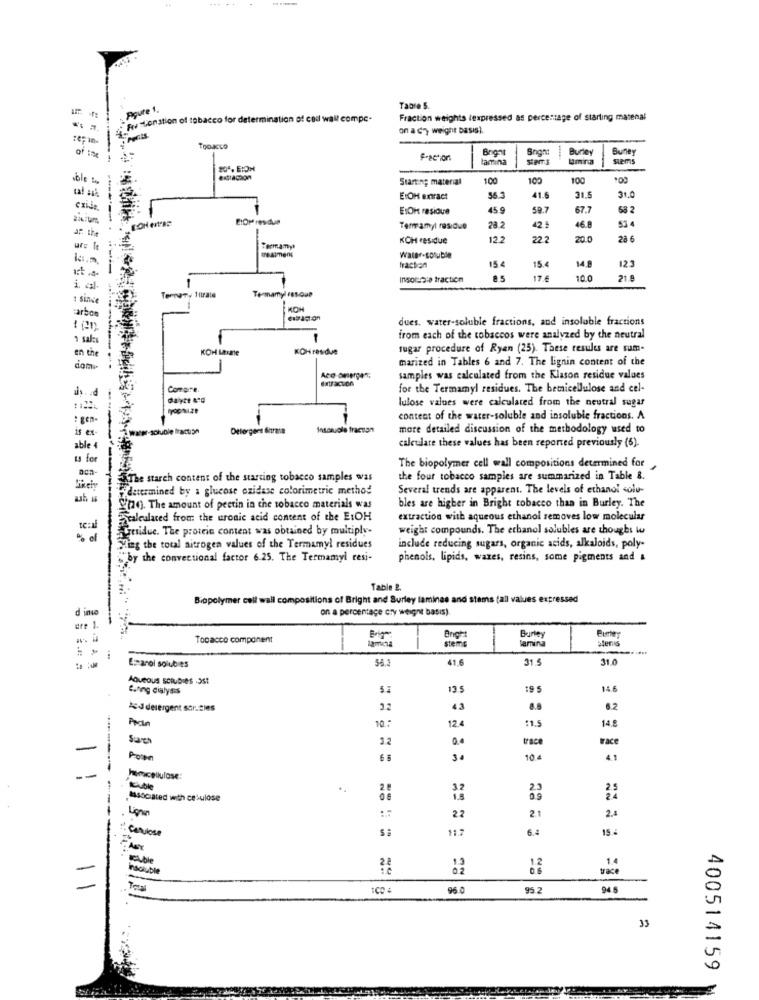
Table 5.
Restonstion of tobacco for determination of cod wall compc-
Fraction weights lexpressed as percentage of starting matenal
on a cy weight basisl.
TOOJELO
Bront
Snon:
Burley
Buney
of the
Fraction
lamina
stems
Emina
stems
extracion
Starting material
100
10ª
100
S'IC
E:OH entract
56.3
41.6
31.0
EIOH residue
45 9
59.7
67.7
68 2
53 4
Termamyl residue
28.2
42.5
46.8
KOH residue
12.2
22.2
20.0
28 6
Formamy
Water-soluble
15 4
15.4
14 8
12.3
Insoluble fraction
85
17.6
10.0
21.8
i cal-
Ternary Hitrala
Termamyl Fs5-Que
carbo
dues. water-soluble fractions, and insoluble fractions
1 sal:
from each of the tobaccos were analyzed by the neutral
en th
KOH Lane
KOH residue
sugar procedure of Ryan (25). These results are sum-
marized in Tables 6 and 7. The lignin content of the
com-
samples was calculated from the Klason residue values
av . . d
Compre.
for the Termamyl residues. The beticellulose and cel-
lulose values were calculated from the neutral sugar
: gen
content of the water-soluble and insoluble fractions. A
is e
Deforgers Sitrama
Inscuole fraction
more detailed discussion of the methodology used to
able 4
calculate these values has been reported previously (6).
u fe
The biopolymer cell wall compositions determined for
The starch content of the starting tobacco samples was
the four tobacco samples are summarized in Table &.
determined by a glucose oxidase colorimetric method
Several trends are apparent. The levels of ethanol solu-
Yno. The amount of peetin in the tobacco materials was
bles are higher in Bright tobacco than in Burley. The
Fcalculated from the uronic acid content of the EtOH
extraction with aqueous ethanol removes low molecular
Tresidue. The protein content was obtained by multiply-
weight compounds. The ethanol solubles are thoughs wu
Ming the total nitrogen values of the Termamyl residues
include reducing sugars, organic acids, alkaloids, poly-
"by the convectional factor 6.25. The Termamyl resi-
phenols, lipids, wazes, resins, some pigments and
Table 2
Biopolymer cell wall compositions of Bright and Surley lamines and stems (all values expressed
d inio
on a percentage Gry weight basis).
are 1.
Burle
Bimey
Topacco component
engh:
lamin
stens
-
54.2
41.6
31 5
31.0
Emanol solubies
Aqueous solubles 3st
C.ning dialysis
135
19 5
14.6
Ad detergent sor.zies
32
4.3
8.8
6.2
Pran
10 .:
12.
:1.5
14.8
Save
22
0.0
trace
race
-
Proten
6 :
104
4.1
horacellulose:
.
32
Associated with celulose
2.1
2.4
Ligne
22
Convose
11.2
6.4
15 4
1.4
Insoluble
:
trace
96.0
95.2
94.5
33
400514159